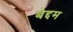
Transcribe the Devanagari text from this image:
बेद्दम